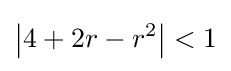
\left|4+2r-r^{2}\right|<1